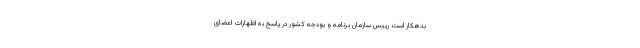
بدهکار است رییس سازمان برنامه و بودجه کشور در پاسخ به اظهارات اعضای